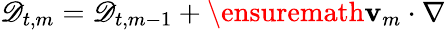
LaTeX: \mathscr{D}_{t,m}=\mathscr{D}_{t,m-1}+\ensuremath{\mathbf{v}}_{m}\cdot\nabla